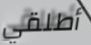
أطلقي